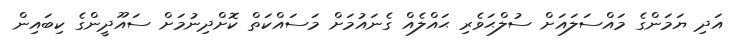
އަދި ޔަމަންގެ މައްސަލައަށް ސުލްޙަވެރި ޙައްލެއް ގެނައުމަށް މަސައްކަތް ކޮށްދިނުމަށް ސައޫދީންގެ ކިބައިން